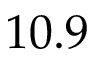
1 0 . 9